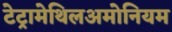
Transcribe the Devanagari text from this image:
टेट्रामेथिलअमोनियम